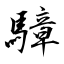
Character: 騿